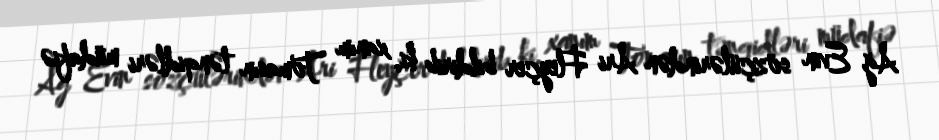
Ağ Evin sözçülərindən Ari Fleyçer bildirib ki, xanım Tomasın tənqidləri müdafiə